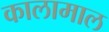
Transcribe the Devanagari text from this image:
कालामाल